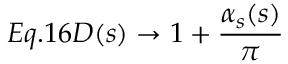
E q . 1 6 { \cal D } ( s ) \rightarrow 1 + \frac { \alpha _ { s } ( s ) } { \pi }